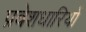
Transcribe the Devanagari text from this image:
प्रवेशधारियों